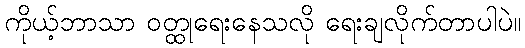
ကိုယ့်ဘာသာ ဝတ္ထုရေးနေသလို ရေးချလိုက်တာပါပဲ။